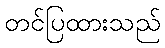
တင်ပြထားသည်